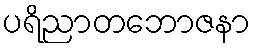
ပရိညာတဘောဇနာ